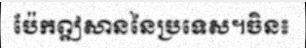
ប៉ែកឦសាននៃប្រទេស។ចិន៖